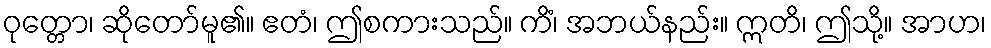
ဝုတ္တော၊ ဆိုတော်မူ၏။ ဧတံ၊ ဤစကားသည်။ ကိံ၊ အဘယ်နည်း။ ဣတိ၊ ဤသို့။ အာဟ၊